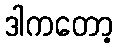
ဒါကတော့